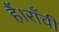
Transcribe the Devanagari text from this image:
हैं।राँची